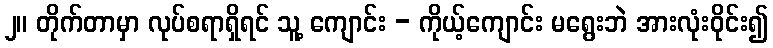
၂။ တိုက်တာမှာ လုပ်စရာရှိရင် သူ့ ကျောင်း - ကိုယ့်ကျောင်း မရွေးဘဲ အားလုံးဝိုင်း၍